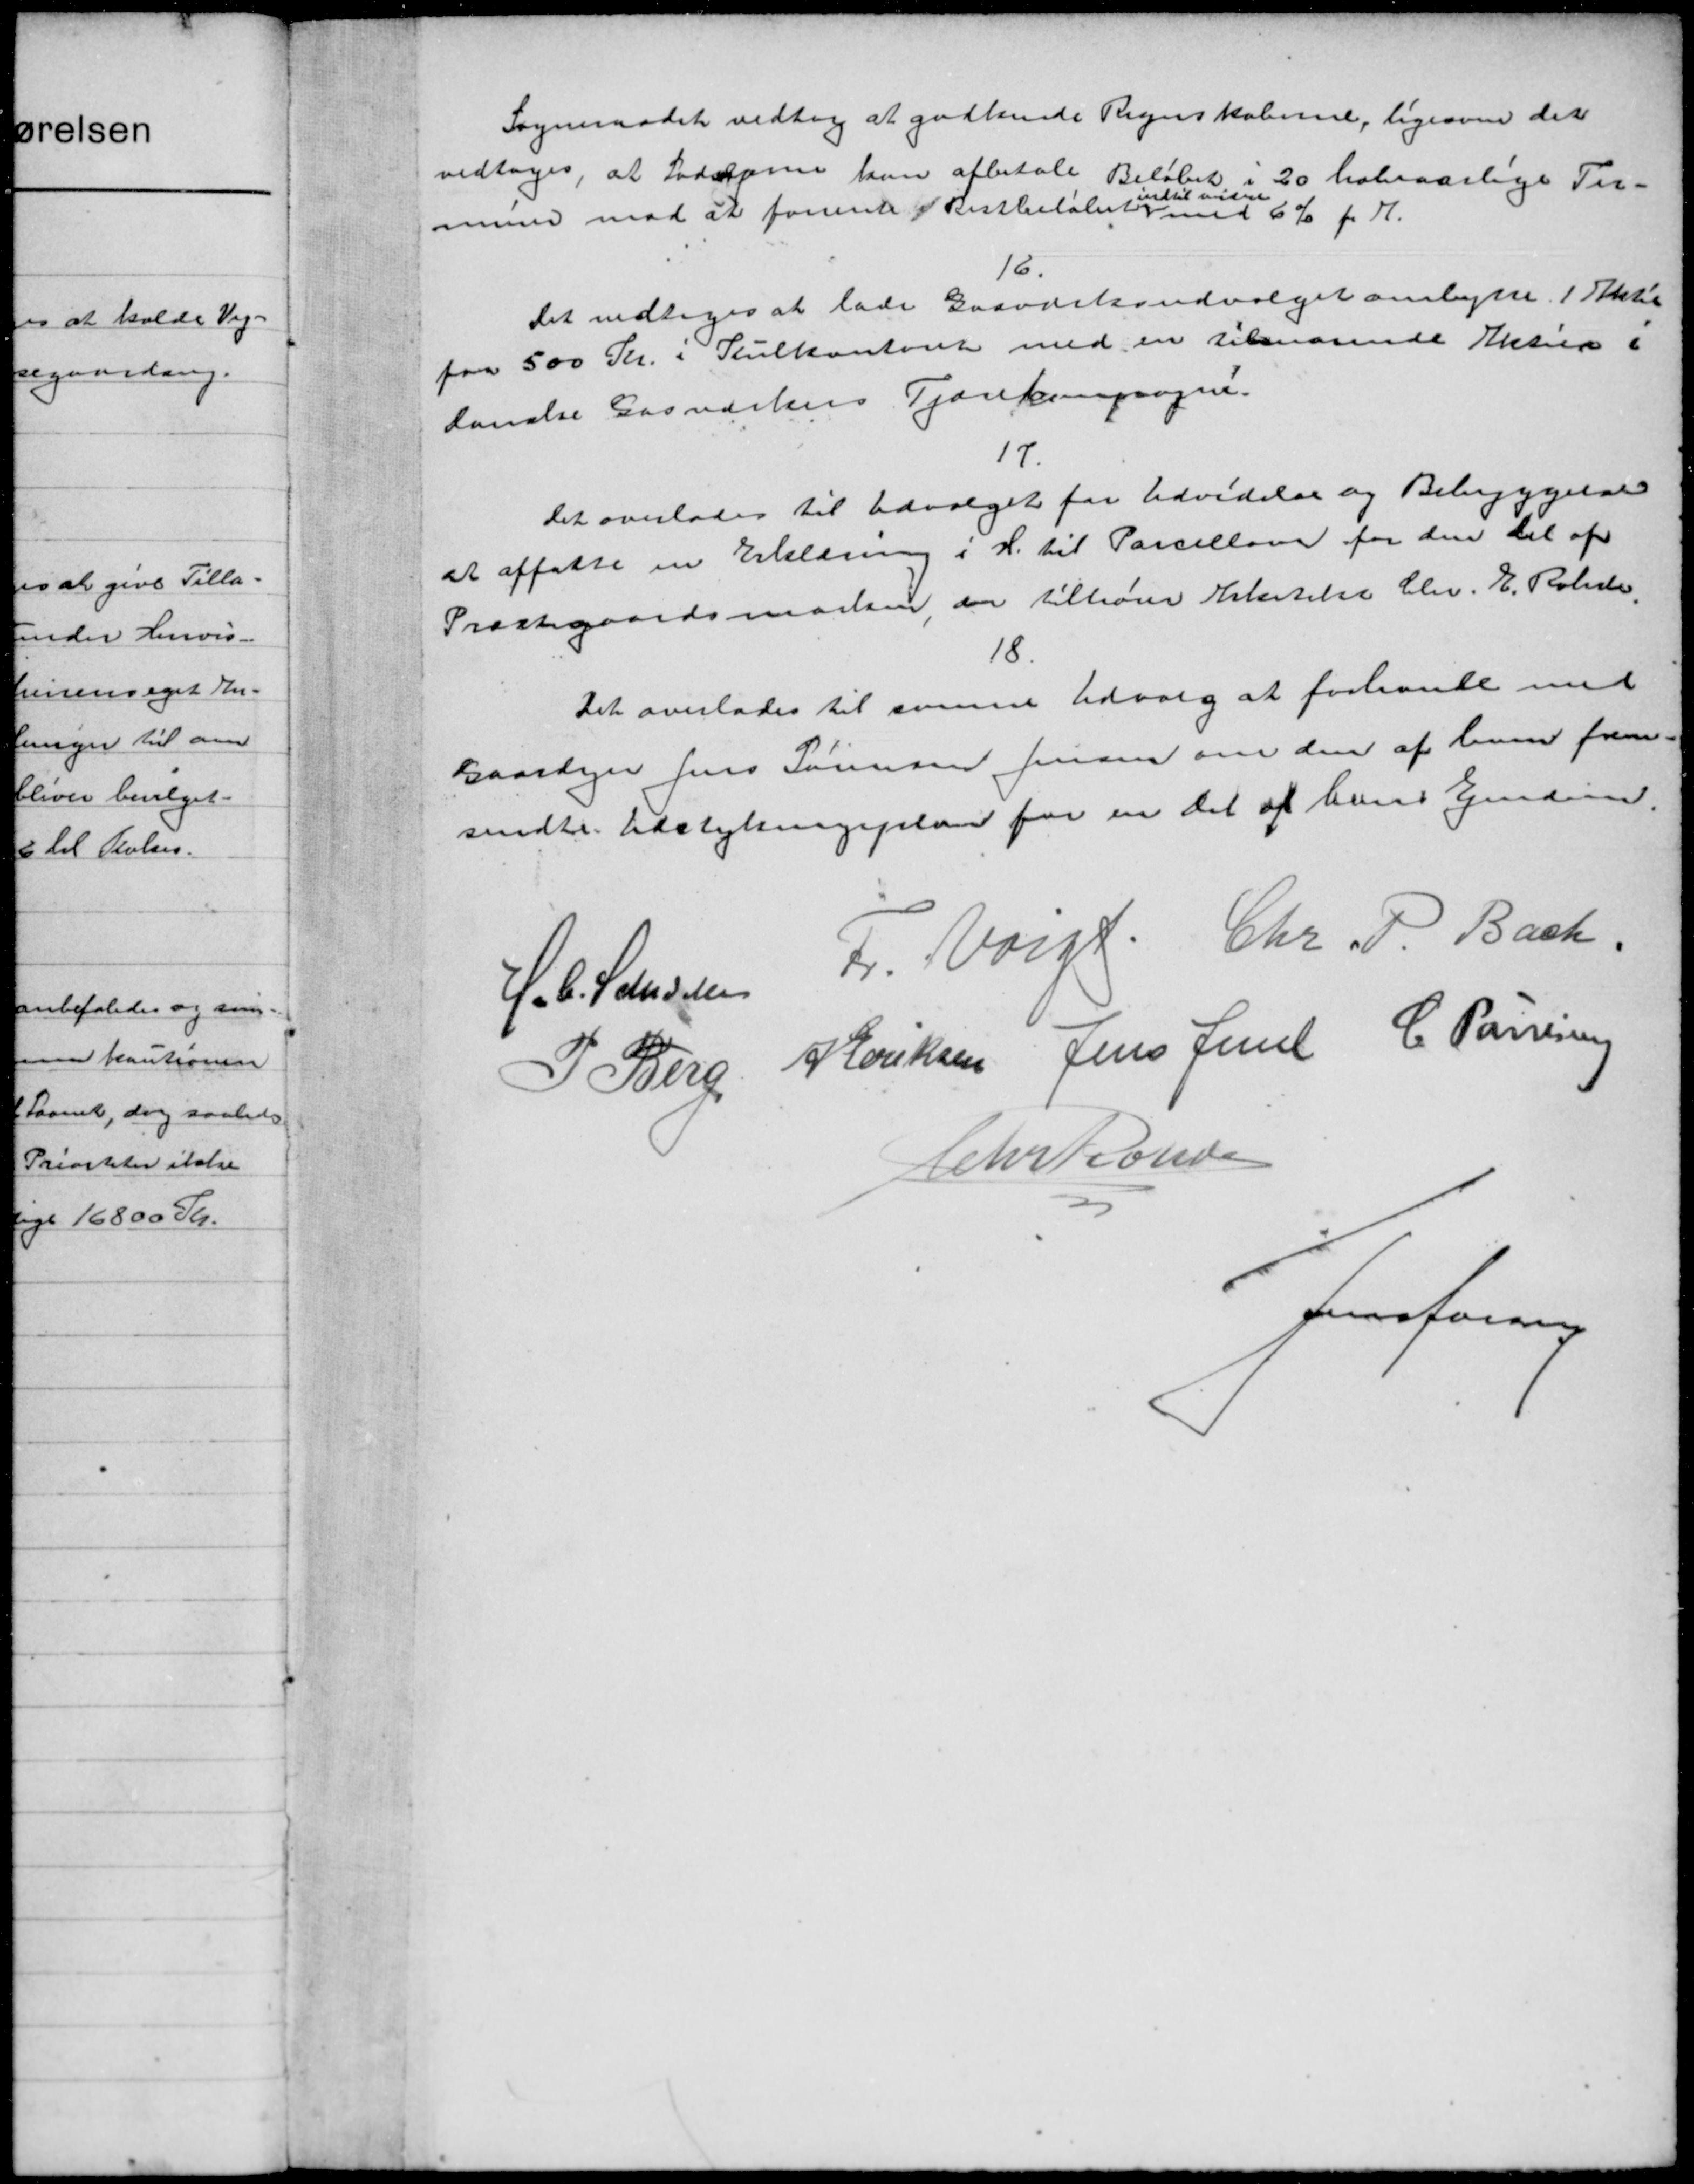
Transskription:
Sogneraadet vedtog at godkende Regnskaberne, ligesom det
vedtoges, at Lodserne kan afbetale Beløbet i 20 halvaarlige Ter-
indtil vider
mune mod at forente Restbeløbet med 6% f. H.
16.
Det vedtoges at lade Gasværksudvalget ombytte. 1 Akte
paa 500 Kr. i Stulkontoret med en tilnærende Aktier i
danske Gasværkers Tjærekompagni.
17.
Det overlades til Udvalget for Udvidelse og Bebyggelse
at affatte en Erklæring i H. til Parcellan for den Del af
Præstegaardsmarsen der tilhører Arkitelse Chr. E. Rohde,
18.
Det overlades til samme Udvalg at forhandle med
Gaardejer Jens Sørensen Jensen om den af han frem-
sendte Udstykningsplan for en det af hans Ejendom
F. Voigt. Chr. P. Bach
H. C. J. Andelsen
 Eriksen Jens Jensen C. Parresen
I. Berg
Cohrtionsen
Jensforring